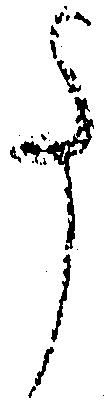
事